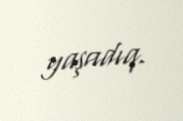
yaşadıq.